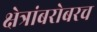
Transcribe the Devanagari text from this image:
क्षेत्रांबरोबरच